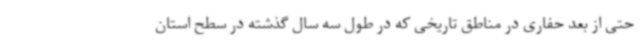
حتی از بعد حفاری در مناطق تاریخی که در طول سه سال گذشته در سطح استان